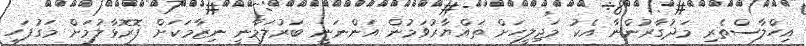
އިހްލާސްތެރި މަދުގާރުންނާ އެކު މަޖިލީހަށް ތައްޔާރުވަމުން އަންނަނީ ބަރުލަމާނީ ނިޒާމަކަށް ފޮރޮޅާލުމަށް މަގުފަހި